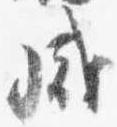
盛